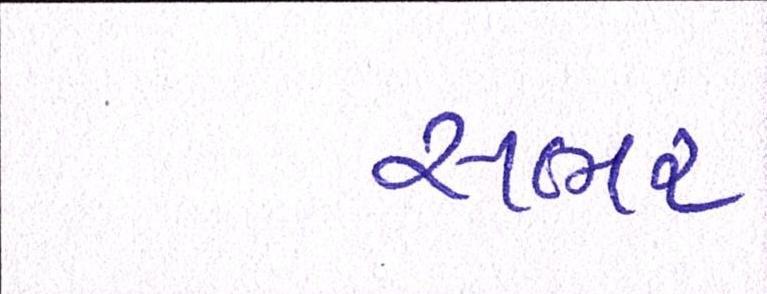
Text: સભર